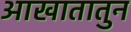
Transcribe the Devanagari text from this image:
आखातातुन